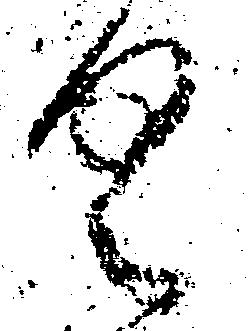
具